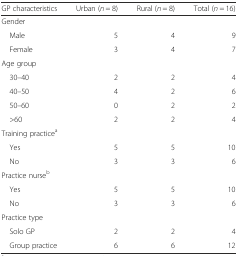
| GP characteristics | Urban (n = 8) | Rural (n = 8) | Total (n = 16) |
 | --- | --- | --- | --- |
 | <COLSPAN=4> Gender |
 | Male | 5 | 4 | 9 |
 | Female | 3 | 4 | 7 |
 | <COLSPAN=4> Age group |
 | 30–40 | 2 | 2 | 4 |
 | 40–50 | 4 | 2 | 6 |
 | 50–60 | 0 | 2 | 2 |
 | >60 | 2 | 2 | 4 |
 | <COLSPAN=4> Training practicea |
 | Yes | 5 | 5 | 10 |
 | No | 3 | 3 | 6 |
 | <COLSPAN=4> Practice nurseb |
 | Yes | 5 | 5 | 10 |
 | No | 3 | 3 | 6 |
 | <COLSPAN=4> Practice type |
 | Solo GP | 2 | 2 | 4 |
 | Group practice | 6 | 6 | 12 |